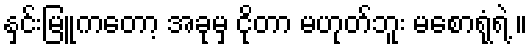
နှင်းမြူကတော့ အခုမှ ငိုတာ မဟုတ်ဘူး မစောရုံရဲ့ ။